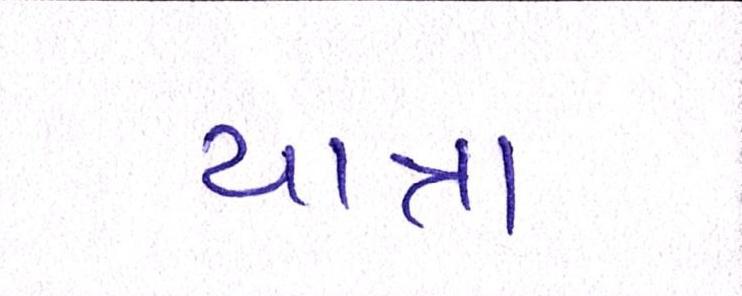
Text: યાત્રા